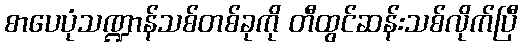
စာပေပုံသဏ္ဍာန်သစ်တစ်ခုကို တီထွင်ဆန်းသစ်လိုက်ပြီ